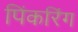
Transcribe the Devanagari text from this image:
पिंकरिंग